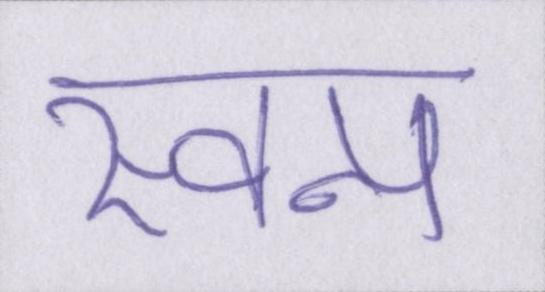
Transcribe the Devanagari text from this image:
स्वप्न